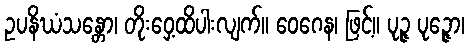
ဥပနိဃံသန္တော၊ တိုးဝှေ့ထိပါးလျက်။ ဝေဂေန၊ ဖြင့်။ ပုဉ္ဇ ပုဉ္ဇော၊